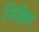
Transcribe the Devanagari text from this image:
जिब्रिन